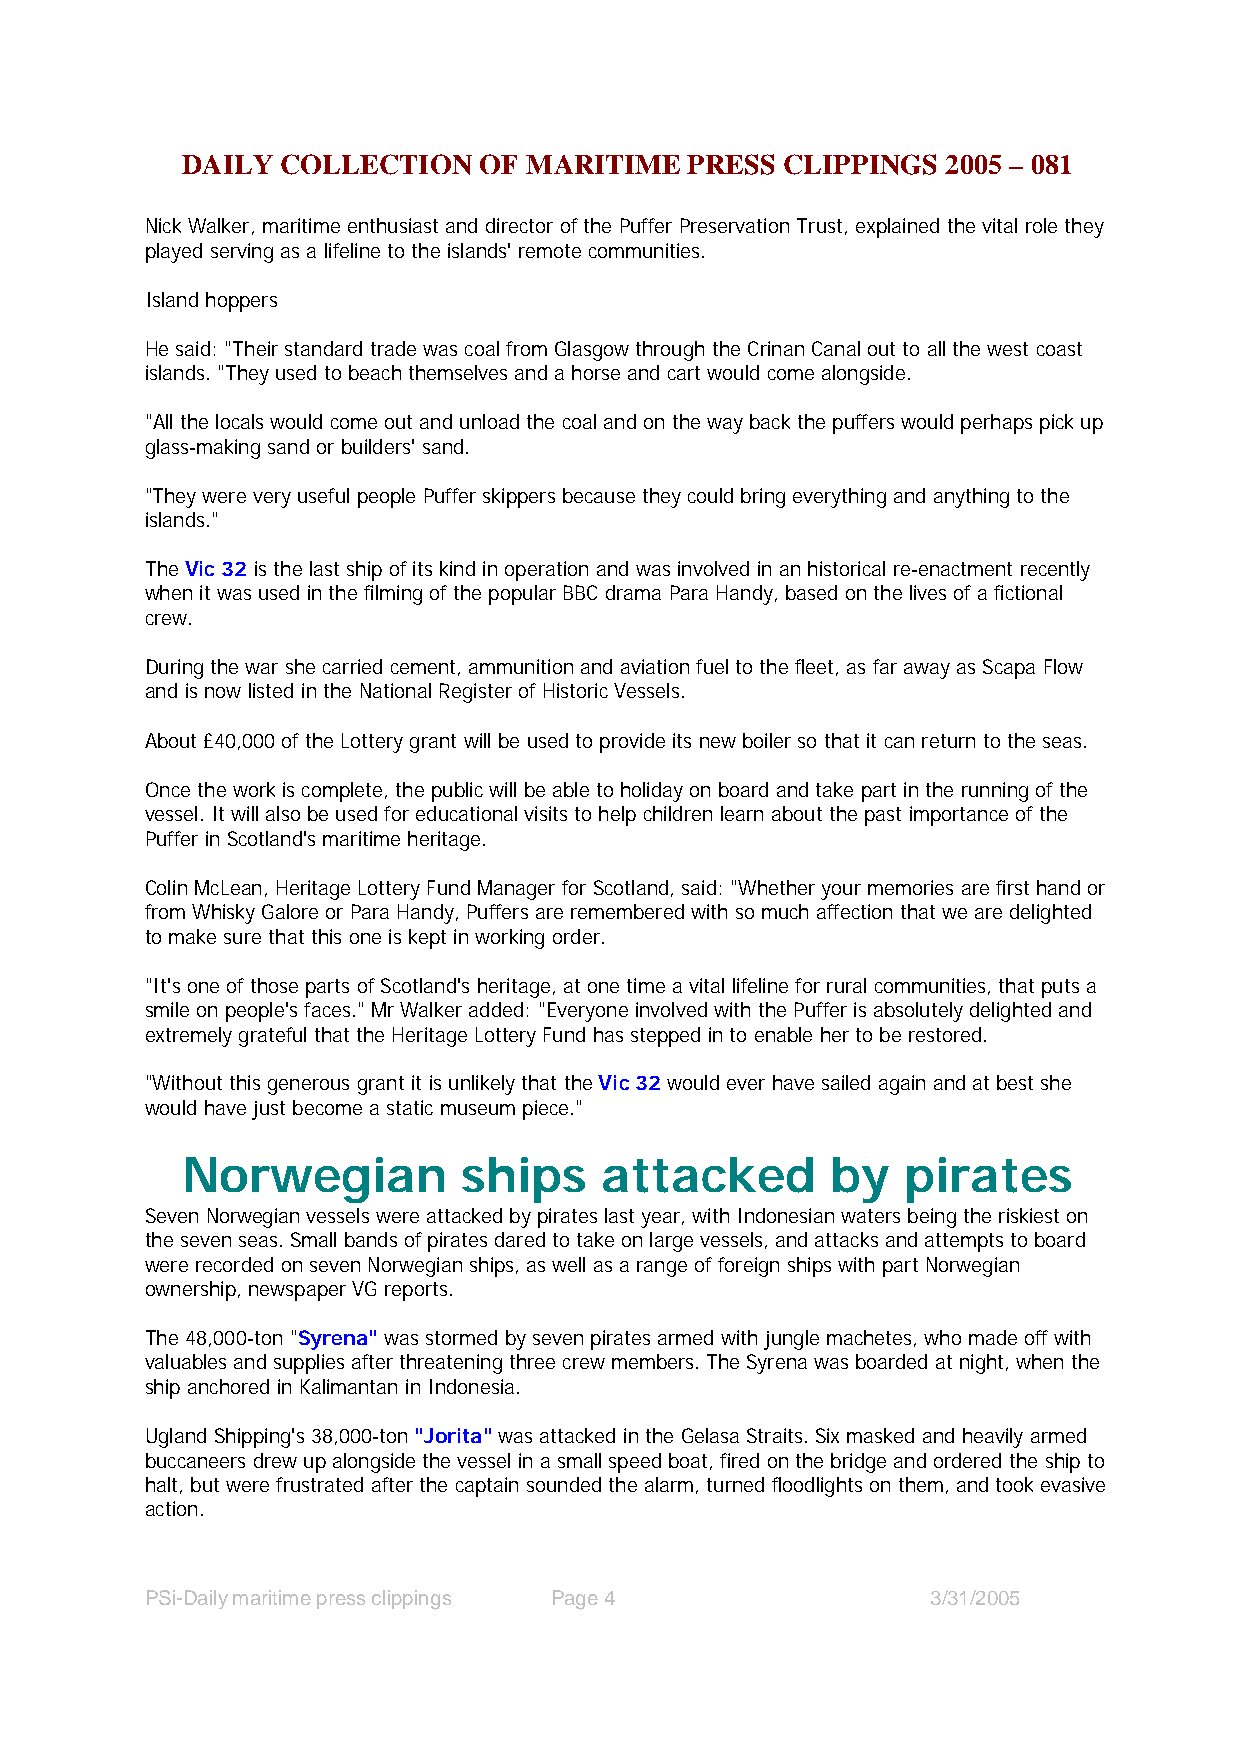
DAILY  COLLECTION   OF MARITIME   PRESS CLIPPINGS  2005 – 081
 Nick Walker, maritime enthusiast and director of the Puffer Preservation Trust, explained the vital role they
 played serving as a lifeline to the islands' remote communities.
 Island hoppers
 He said: "Their standard trade was coal from Glasgow through the Crinan Canal out to all the west coast
 islands. "They used to beach themselves and a horse and cart would come alongside.
 "All the locals would come out and unload the coal and on the way back the puffers would perhaps pick up
 glass-making sand or builders' sand.
 "They were very useful people Puffer skippers because they could bring everything and anything to the
 islands."
 The Vic 32 is the last ship of its kind in operation and was involved in an historical re-enactment recently
 when it was used in the filming of the popular BBC drama Para Handy, based on the lives of a fictional
 crew.
 During the war she carried cement, ammunition and aviation fuel to the fleet, as far away as Scapa Flow
 and is now listed in the National Register of Historic Vessels.
 About £40,000 of the Lottery grant will be used to provide its new boiler so that it can return to the seas.
 Once the work is complete, the public will be able to holiday on board and take part in the running of the
 vessel. It will also be used for educational visits to help children learn about the past importance of the
 Puffer in Scotland's maritime heritage.
 Colin McLean, Heritage Lottery Fund Manager for Scotland, said: "Whether your memories are first hand or
 from Whisky Galore or Para Handy, Puffers are remembered with so much affection that we are delighted
 to make sure that this one is kept in working order.
 "It's one of those parts of Scotland's heritage, at one time a vital lifeline for rural communities, that puts a
 smile on people's faces." Mr Walker added: "Everyone involved with the Puffer is absolutely delighted and
 extremely grateful that the Heritage Lottery Fund has stepped in to enable her to be restored.
 "Without this generous grant it is unlikely that the Vic 32 would ever have sailed again and at best she
 would have just become a static museum piece."
 Norwegian          ships    attacked       by   pirates
 Seven Norwegian vessels were attacked by pirates last year, with Indonesian waters being the riskiest on
 the seven seas. Small bands of pirates dared to take on large vessels, and attacks and attempts to board
 were recorded on seven Norwegian ships, as well as a range of foreign ships with part Norwegian
 ownership, newspaper VG reports.
 The 48,000-ton "Syrena" was stormed by seven pirates armed with jungle machetes, who made off with
 valuables and supplies after threatening three crew members. The Syrena was boarded at night, when the
 ship anchored in Kalimantan in Indonesia.
 Ugland Shipping's 38,000-ton "Jorita" was attacked in the Gelasa Straits. Six masked and heavily armed
 buccaneers drew up alongside the vessel in a small speed boat, fired on the bridge and ordered the ship to
 halt, but were frustrated after the captain sounded the alarm, turned floodlights on them, and took evasive
 action.
 PSi-Daily maritime press clippings Page 4           3/31/2005